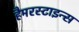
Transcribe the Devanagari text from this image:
हैमरस्टाइन्स